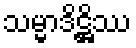
သမ္မာဒိဋ္ဌိဿ